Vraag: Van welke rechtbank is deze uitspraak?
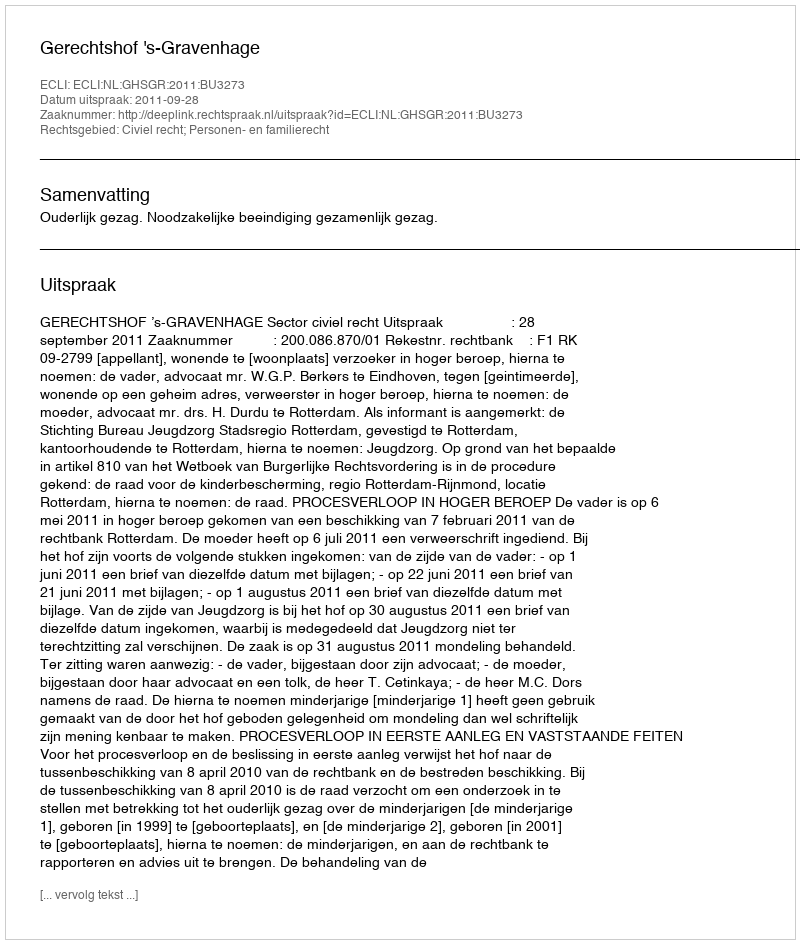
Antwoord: Gerechtshof 's-Gravenhage